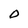
Character: O